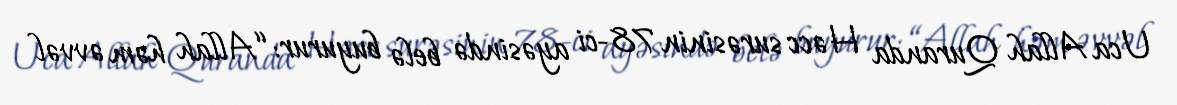
Uca Allah Quranda Həcc surəsinin 78-ci ayəsində belə buyurur: “Allah həm əvvəl